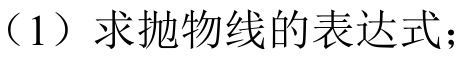
（1）求抛物线的表达式；